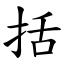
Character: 括